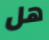
هل